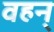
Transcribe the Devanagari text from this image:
वहन्